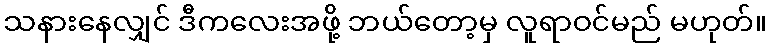
သနားနေလျှင် ဒီကလေးအဖို့ ဘယ်တော့မှ လူရာဝင်မည် မဟုတ်။